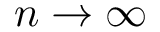
n \rightarrow \infty